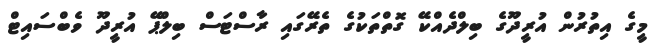
މީގެ އިތުރުން އުރީދޫގެ ބިލްދެއްކޭ ގޮތްތަކުގެ ތެރޭގައި ރާސްޓަސް ބިލްޕޭ އުރީދޫ ވެބްސައިޓް